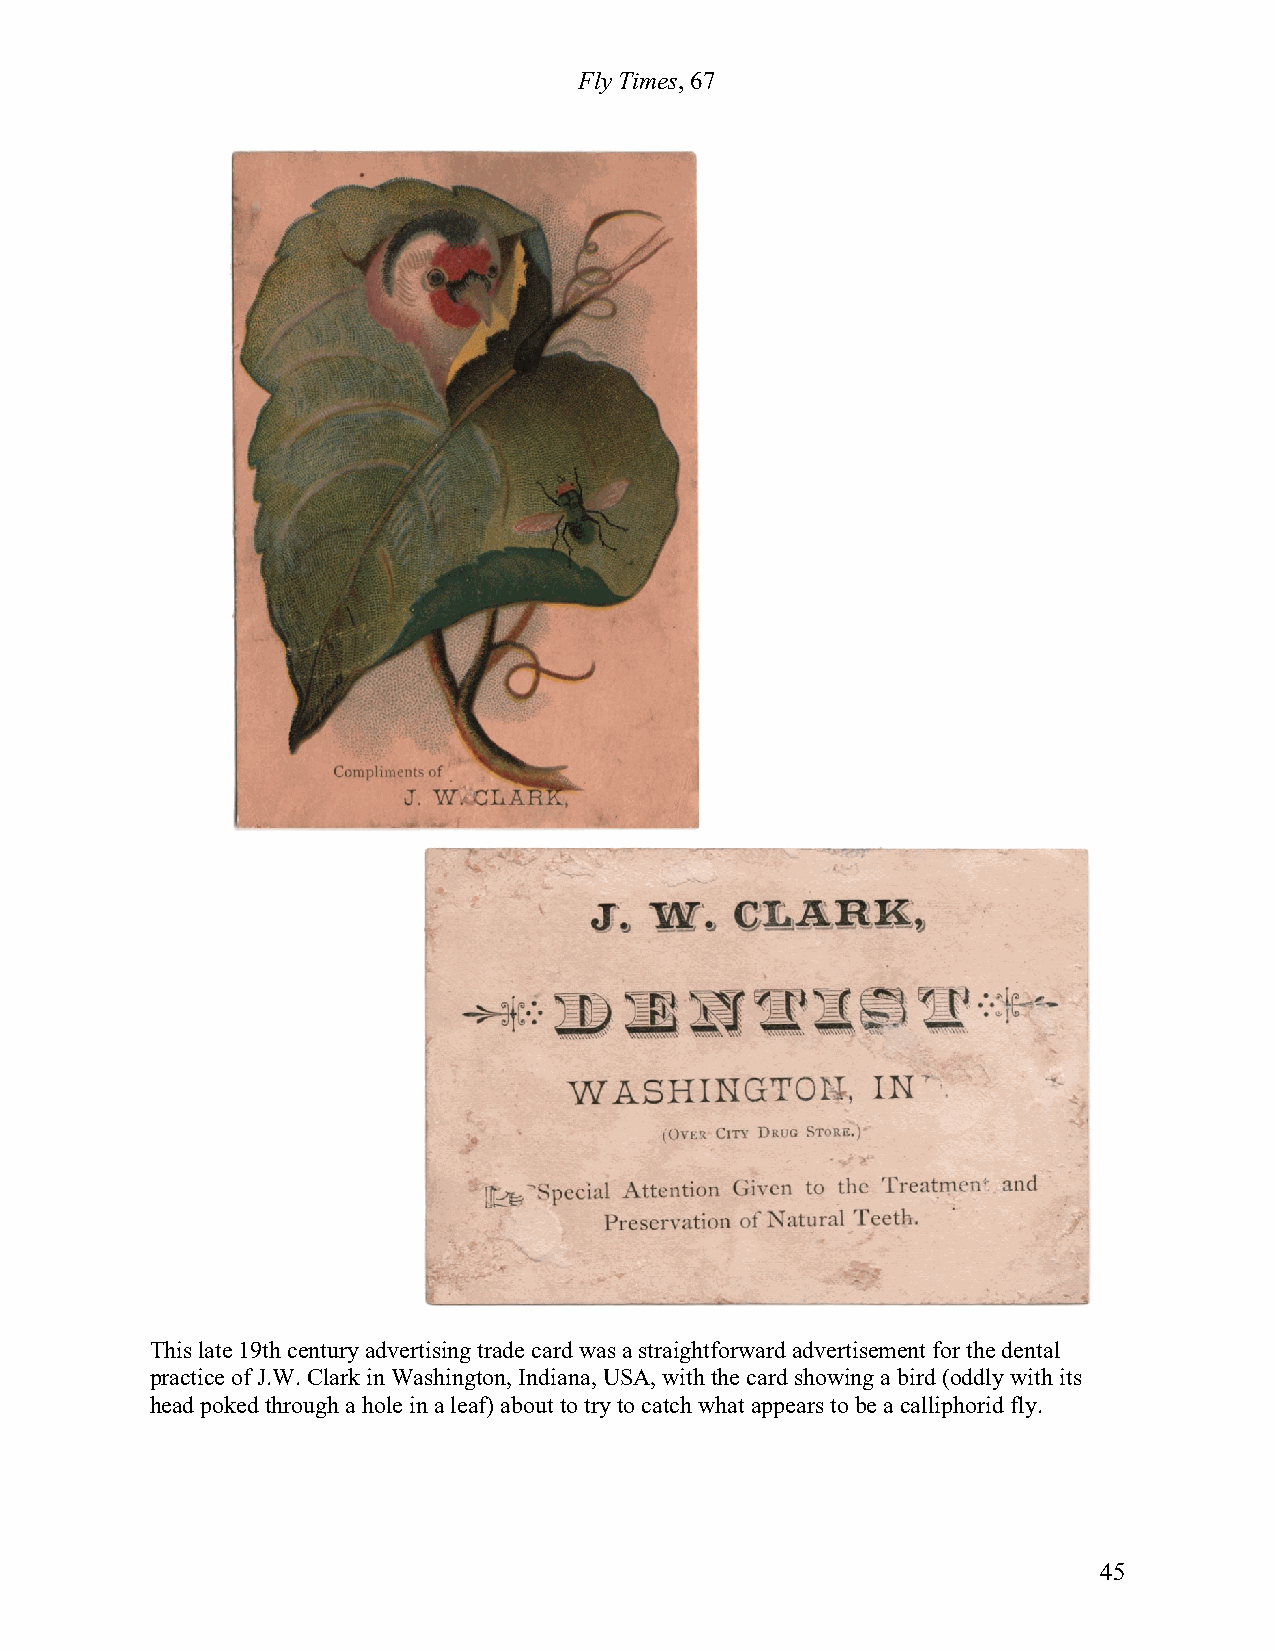
Fly Times, 67
 This late 19th century advertising trade card was a straightforward advertisement for the dental
 practice of J.W. Clark in Washington, Indiana, USA, with the card showing a bird (oddly with its
 head poked through a hole in a leaf) about to try to catch what appears to be a calliphorid fly.
 45